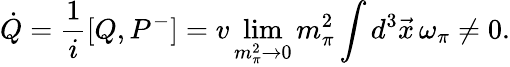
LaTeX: \dot{Q}=\frac{1}{i}[Q,P^{-}]=v\operatorname*{lim}_{m_{\pi}^{2}\rightarrow 0}m_{\pi}^{2}\int d^{3}\vec{x}\, \omega_{\pi}\neq 0.